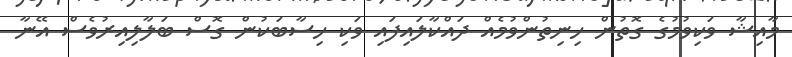
މާއިޝާ ވަކިވުމުގެ ގޮތުން ހިނިތުންވުމެއް ދައްކާލައިފައި ވަކި ހިސާބަކުން ގޮސް ބަލާލިއިރުވެސް އޭނާ